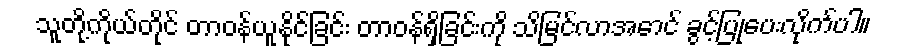
သူတို့ကိုယ်တိုင် တာဝန်ယူနိုင်ခြင်း တာဝန်ရှိခြင်းကို သိမြင်လာအောင် ခွင့်ပြုပေးလိုက်ပါ။